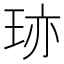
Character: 𤥂